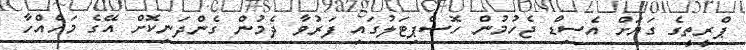
ޕްރީތީގެ ގަޔަށް އެސިޑް ޖެހުމުން ހޮސްޕިޓަލުގައި ފަރުވާ ދެމުން ގެންދަނިކޮށް އޭގެ މަހެއްހާ